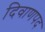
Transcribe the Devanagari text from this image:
दिवाणपद